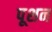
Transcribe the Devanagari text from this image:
पूशन